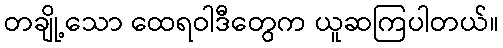
တချို့သော ထေရဝါဒီတွေက ယူဆကြပါတယ်။